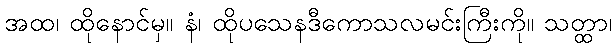
အထ၊ ထိုနောင်မှ။ နံ၊ ထိုပသေနဒီကောသလမင်းကြီးကို။ သတ္ထာ၊